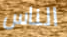
الناس